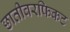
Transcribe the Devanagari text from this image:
छातीवरफिकट